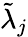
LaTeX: \tilde{\lambda}_{j}